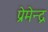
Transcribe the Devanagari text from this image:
प्रेमेन्द्र